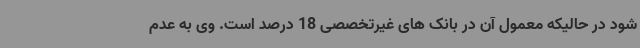
شود در حالیکه معمول آن در بانک های غیرتخصصی 18 درصد است. وی به عدم